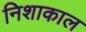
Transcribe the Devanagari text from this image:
निशाकाल